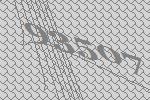
93507